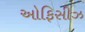
ઓફિસીઝ